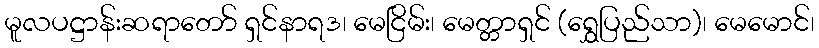
မူလပဋ္ဌာန်းဆရာတော် ရှင်နာရဒ၊ မေငြိမ်း၊ မေတ္တာရှင် (ရွှေပြည်သာ)၊ မေမောင်၊